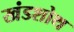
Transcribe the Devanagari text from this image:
खंडशोथ